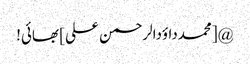
@[محمدداؤدالرحمن علی] بھائی!